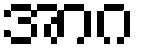
အာဂ